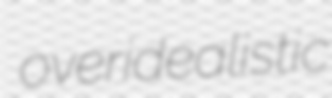
overidealistic